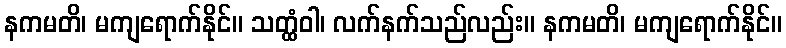
နကမတိ၊ မကျရောက်နိုင်။ သတ္ထံဝါ၊ လက်နက်သည်လည်း။ နကမတိ၊ မကျရောက်နိုင်။